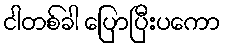
ငါတစ်ခါ ပြောပြီးပကော